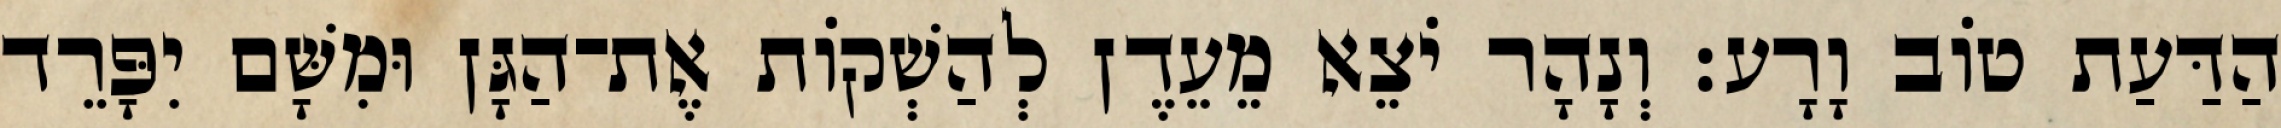
הַדַּעַת טֹוב וָרָע׃ וְנָהָר יֹצֵא מֵעֵדֶן לְהַשְׁקֹות אֶת־הַגָּן וּמִשָּׁם יִפָּרֵד